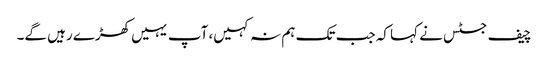
چیف جسٹس نے کہا کہ جب تک ہم نہ کہیں، آپ یہیں کھڑے رہیں گے۔